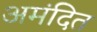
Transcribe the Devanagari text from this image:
अमंदित